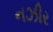
નઝીર